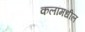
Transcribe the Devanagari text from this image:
कलांमधील